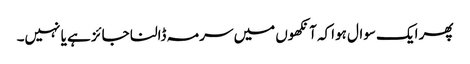
پھر ایک سوال ہواکہ آنکھوں میں سرمہ ڈالنا جائز ہے یا نہیں۔